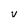
Character: U